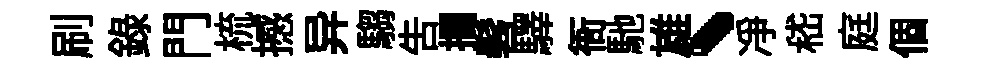
刷録門梳撼异騶吿攔髫驛衙馳雄、净嵇庭個